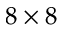
8 \times 8